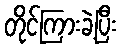
တိုင်ကြားခဲ့ပြီး